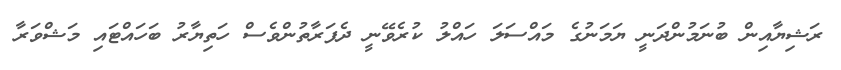
ރަޝިޔާއިން ބުނަމުންދަނީ ޔަމަނުގެ މައްސަލަ ހައްލު ކުރެވޭނީ ދެފަރާތުންވެސް ހަތިޔާރު ބަހައްޓައި މަޝްވަރާ